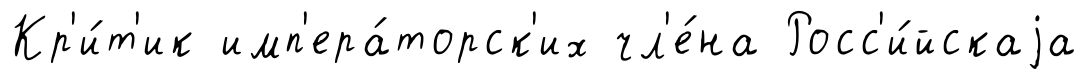
Кр'и́т'ик имп'ера́торск'их чл'е́на Росс'и́йскаjа